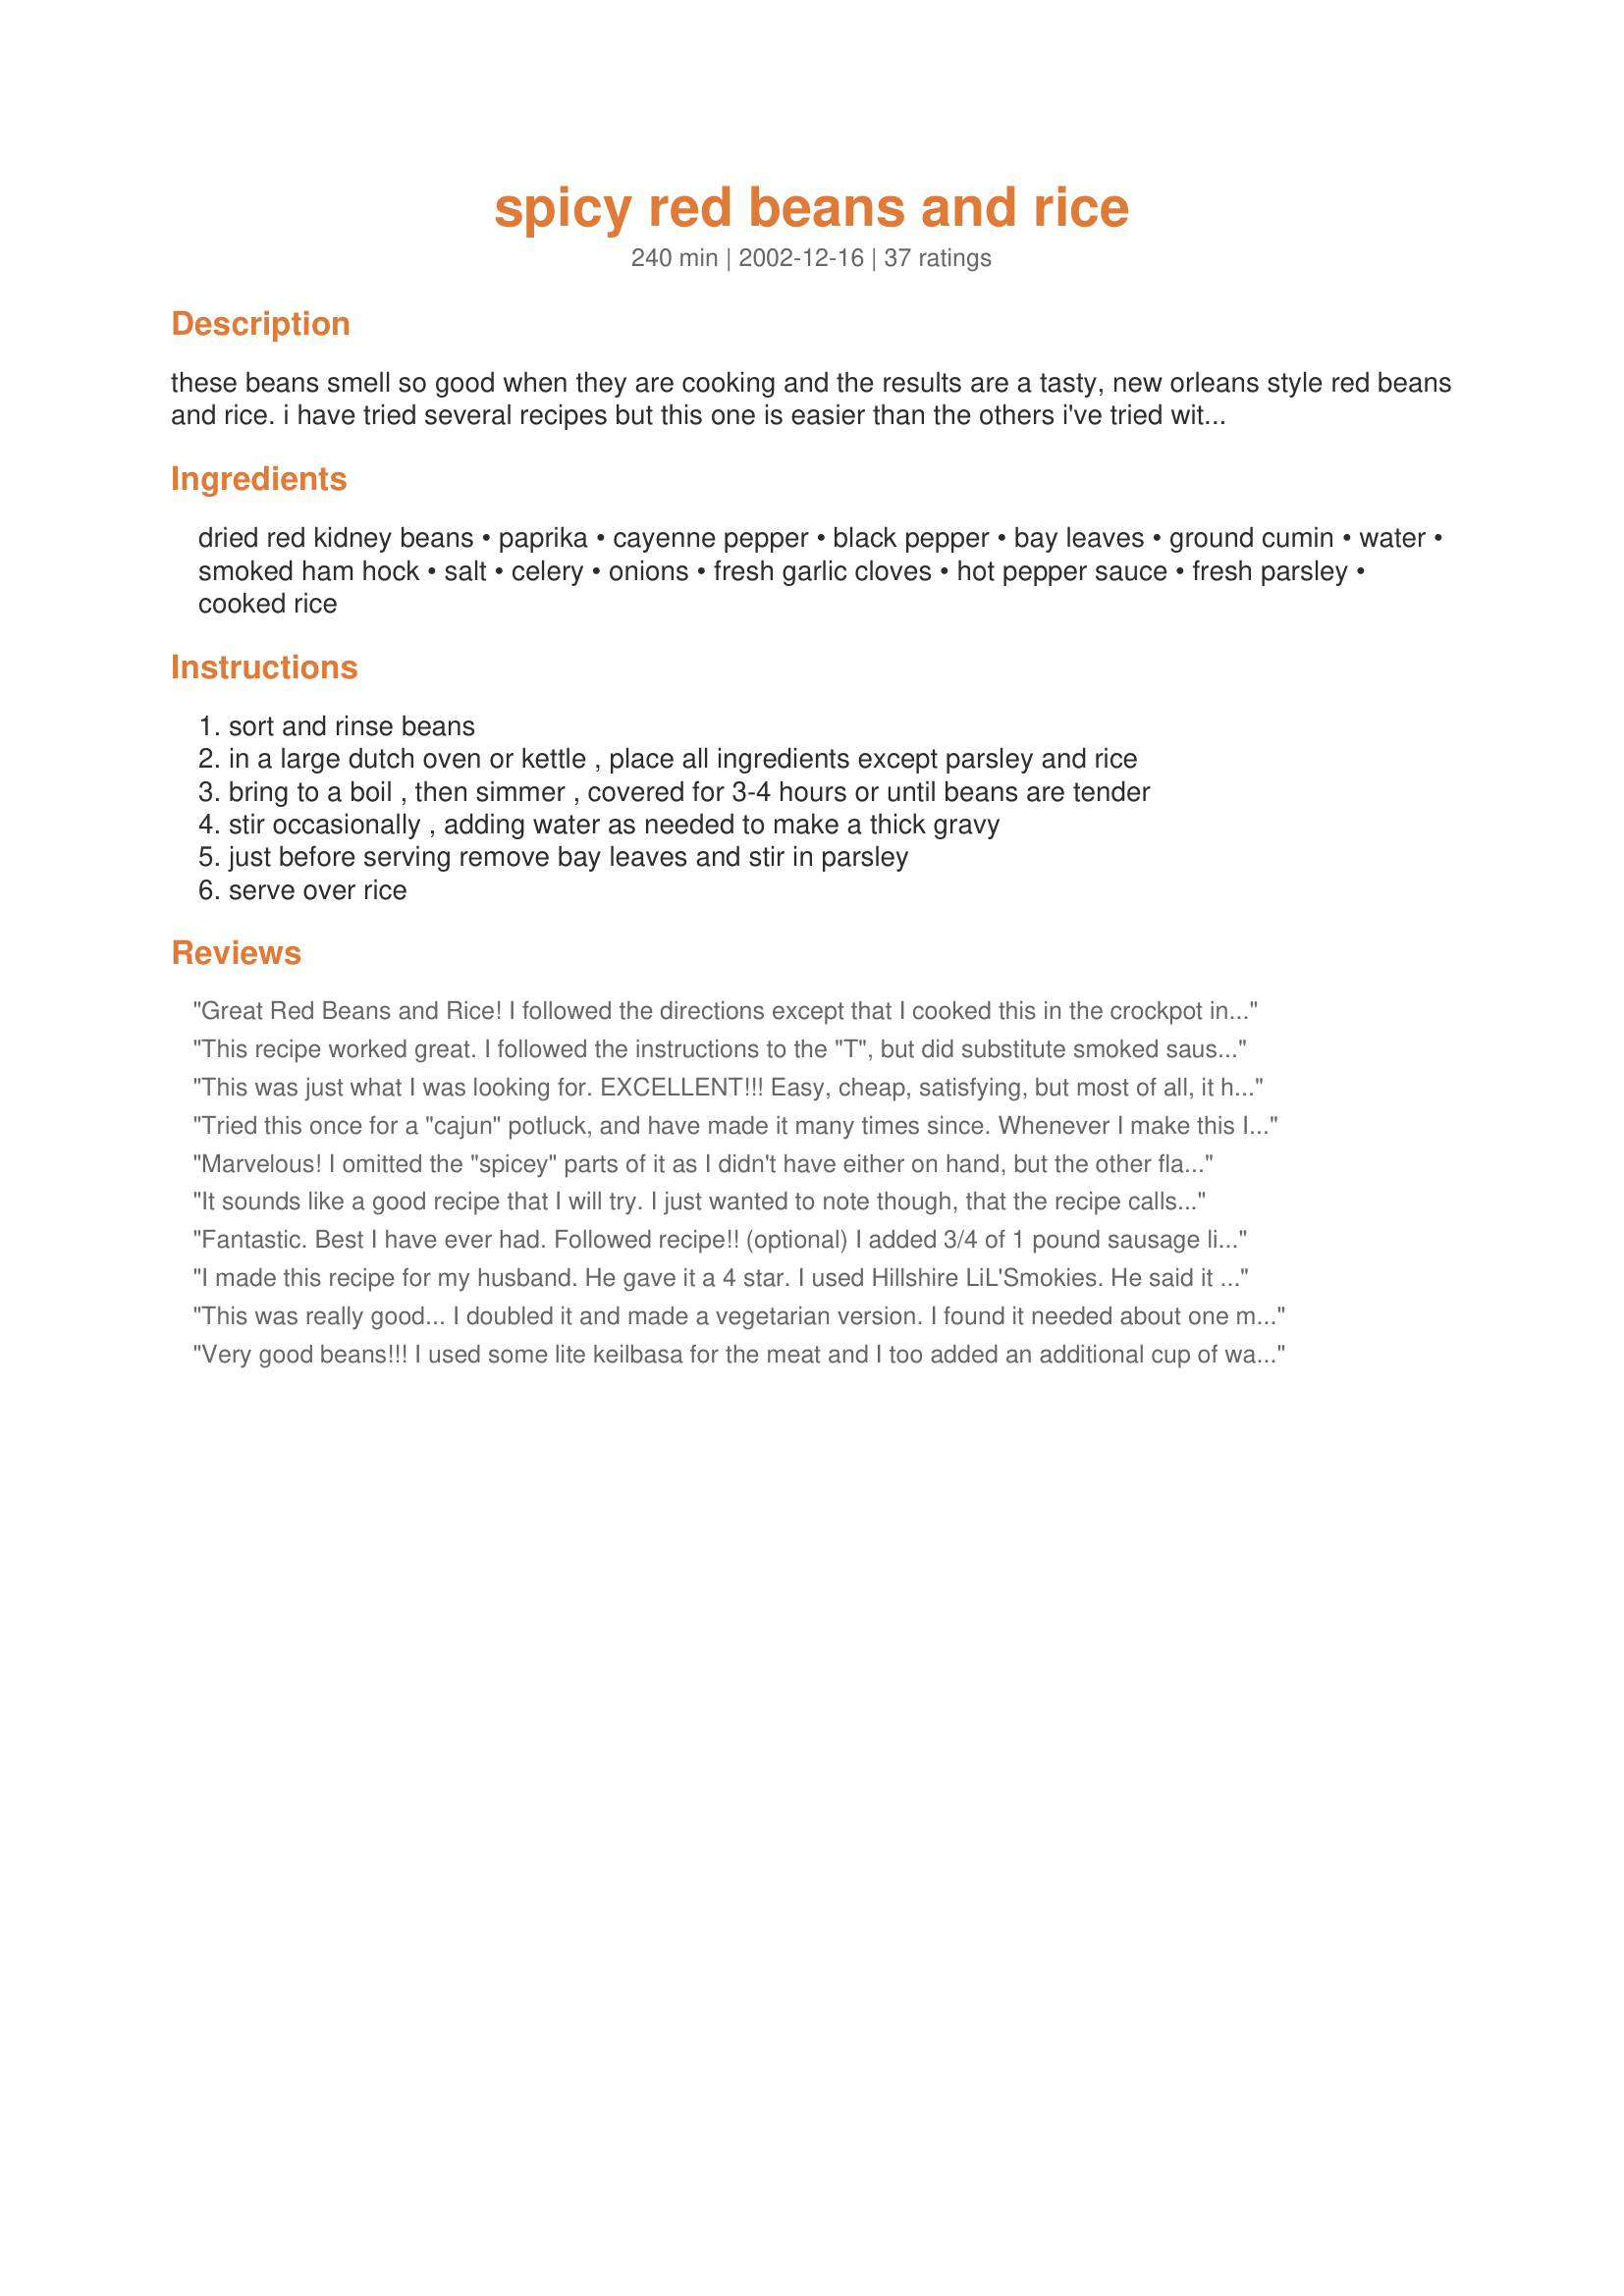
spicy red beans and rice
Preparation time: 240 minutes

these beans smell so good when they are cooking and the results are a tasty, new orleans style red beans and rice. i have tried several recipes but this one is easier than the others i've tried with an excellent result. serve with cornbread or corn muffins and your meal is complete. recipe is from taste of home magazine.

Ingredients:
dried red kidney beans, paprika, cayenne pepper, black pepper, bay leaves, ground cumin, water, smoked ham hock, salt, celery, onions, fresh garlic cloves, hot pepper sauce, fresh parsley, cooked rice

Steps:
sort and rinse beans, in a large dutch oven or kettle , place all ingredients except parsley and rice, bring to a boil , then simmer , covered for 3-4 hours or until beans are tender, stir occasionally , adding water as needed to make a thick gravy, just before serving remove bay leaves and stir in parsley, serve over rice

Reviews:
Great Red Beans and Rice! I followed the directions except that I cooked this in the crockpot instead of stovetop. I placed everything in the crockpot (except parsley and rice) and set the crockpot to "low". It cooked about 11 hours (while I was at work and running errands). I did add some smoked sausage to the crockpot while preparing the rice (at DH's request). I served this with "Perfect Rice Everytime" #53520 and "Aunt Bernice's Cornbread" #65822. Will definitely make again!
This recipe worked great. I followed the instructions to the "T", but did substitute smoked sausage for the ham hock. These beans are awesome! Thanks!
This was just what I was looking for. EXCELLENT!!! Easy, cheap, satisfying, but most of all, it had the taste I was looking for. This will be a favorite here, I can tell you. The next time I make it, I will add some chopped cooked ham if I serve it as a main dish (My family are big meat- eaters). But as a side dish it is PERFECT as is. I added 1/2 tsp cayenne, since my family is not big on "hot". I served it over brown rice, just because I like how chewy it is. There were no left-overs. I tried to take a picture to post, but my batteries were dead. Next time I will. 

EDIT: I've made this recipe many times now. I've also made it in the crockpot. If you do, soak the beans overnight, then cook it on HIGH all day.
Tried this once for a "cajun" potluck, and have made it many times since. Whenever I make this I have to call my sister or I'm in trouble!
Marvelous! I omitted the "spicey" parts of it as I didn't have either on hand, but the other flavors were superb. An update: I've tried this several times in the past few years that I've been making it and it has never failed me. It's fantastic with either hocks or shanks, or a huge ham bone. I like to sautee the onions until nice and brown but that's the only mod I've made. Thanks for a long time family favorite.
It sounds like a good recipe that I will try. I just wanted to note though, that the recipe calls for dried red kidney beans and some have mentioned using slow cookers. Using slow cookers with raw or dried red kidney beens is very dangerous. Red kidney beans need to reach full boil for a certain period of time (10 minutes has been suggested), i.e. a certain temperature, to break down the Phytohaemagglutnin (Kidney Bean Lectin) which is toxic. <br/>See http://www.foodreference.com/html/artredkidneybeanpoisoning.html. There may be some slow cookers that can safely do this, but not having one, or otherwise looking at them I do not know. All I know is that the article said that heating can actually worsen the toxicity if insufficient, So if you are not cooking the recipe as described, be careful. If someone else mentioned this, and I missed it, sorry for the duplication. <br/><br/>Not to give away anything, but this is a plot device in the fine book by the late Dick Francis, Dead Heat (2007). Highly recommended, but I like all his books. ;-) <br/><br/>Thank you Anita, for the recipe! I look forward to trying it.
Fantastic. Best I have ever had. Followed recipe!! (optional) I added 3/4 of 1 pound sausage link cut in small pieces and it blended in great. After cooking, I discarded ham hock, because I didn&#039;t like the fat and skin.
I made this recipe for my husband. He gave it a 4 star. I used Hillshire LiL'Smokies. He said it was nice and spicy. He liked it better the second night. Flavors had time to mingle.UPDATE---I have made this a few times now. One of my DH favorite meals..He perfers cut up wieners in this..Also I have been cooking the rice in the sauce and beans.I have been using minute rice,and it absorbs the flavor..It is now rated a 5star.
This was really good... I doubled it and made a vegetarian version.
I found it needed about one more cup of liquid after cooking the first hour. The seasoning was great and it is a keeper for us.
Very good beans!!! I used some lite keilbasa for the meat and I too added an additional cup of water. The spices were wonderful. Thanks!!
I like to add link sausage and cut back a bit on the spice so my kids will eat it. Perfect recipe!
Delicious! I made this last night and it was a HUGE hit. Even my niece who often complains things are too spicy, ate every bite and raved about how good it was. It was spicy don't get me wrong, but I guess in a good way for my niece. LOL I didn't have a ham hock, so I left that out, but other than that I followed the recipe exactly. Thanks so much for sharing. We will be doing this again.
Excellent recipe. No need to make changes in it. The only change I made was to soak the beans.
This was good, but not a make-again recipe for us.
My husband being half cajun says this recipe hit the spot. I made it with bacon instead of using a ham hock. Nice flavor and taste. Froze the leftovers and thought this was even tastier after doing so. Thanks for sharing! It's a keeper.
Excellent recipe! I had my ham bone in the freezer from Easter so I was looking for a recipe to use it up and tried this one. My DH LOVES red beans and rice and this one got 2 thumbs up. I made just as posted ~ even down to the cornbread. I made it on the hot and spcey side. Thanks for posting this keeper recipe!
This was better than Popeye's! I didn't have ham so I used Neuske's Applewood smoked bacon. What as delightful meal. Thank you for sharing.
These were wonderful. Saucy and very flavorful. Everyone, kids and adults loved it.
Made for a New Year's get-together and soaked the beans overnight to shorten the cooking time. Also altered to make vegetarian for those who don't eat meat products. Used condensed veggie bouillon and a can of diced tomatoes with jalapenos for extra flavor. Served with Recipe #134924 made with the same veggie bouillon. Nice flavor and I'm glad it wasn't too spicy since we had kids too. Those who wanted a bit more zip added tabasco sauce. Enjoying leftovers and will definitely make this again!
I soaked the dry beans for 2 days then threw it all in a crockpot and cooked it on high for somewhere close to 12 hours. I did not put the salt in until after 8 hours, just to make sure the beans would soften first. I used 2 cups of each veggie since I had some I needed to use up, doubled the garlic because we like it, and left out the liquid hot sauce (I couldn&#039;t reach it off the top shelf and then forgot why I got the stepstool!) but otherwise followed the recipe as written and found it plenty spicy enough. I had a different recipe for it that I liked a little better but I lost that one and this worked just fine.
Very good recipe...and easy. I used turkey kielbasa instead of the ham hock.
I used a left over hambone for this. This is very flavorful, but I agree with it being starchy. My 15 year old DSS ate several huge bowlfuls of this. He's an eating machine :-) This is definately stick-to-your-ribs food.
My first pot of red beand and rice! I used andouille sausage, rather than ham, and left out the hot pepper and cayenne (or it would be way too hot - but if I use ham, I'd keep the cayenne and hot pepper sauce.) I also added a 28 oz can of finely chopped tomatoes. Instead of dry beans, i used 4 (19-0z) cans of kidney beans. I think your recipe is awesome; I served this with perfect skillet corn bread, rice and NurseDi's sweet tea! Too bad I only have one belly to fill!
Made mostly as directed but with a few changes...added 1 chopped green bell pepper and an extra clove of garlic; sauteed the onions/garlic/celery/bell pepper in half olive oil and half butter before adding the other ingredients. Used additional hot sauce and did not add salt because I used two smoked ham hocks instead of one. Served with Sweet Cornbread (#116185) and Alton Brown's baked brown rice. Being from the South, I can attest to this being some awesome red beans and rice...do try it with the ham hock or ham bone for the best flavor. This is going in my favorites. Thanks, Anita! GREAT recipe! Even my DH, who swore he'd never eat a "pot of beans" is now a convert!
Wow, this recipe is excellent! I put them in a crock pot and let them cook all day (11 hrs!) on low. I doubled the amount of water since it was going to cook for so long. I also added a spicy pork sausage as I thought there wouldn't be enough meat but it didn't need it and next time I'll skip it. The ham just fell off the ham hock, it was so tender. It was all perfectly spicy, just right and so easy. Thanks for sharing this recipe!
Hubs and I loved these beans! I used my slow cooker and left out the celery and hot pepper sauce. We'll freeze some to enjoy later and will definitely make again.
I made this exactly as written except for soaking the beans overnight and cooking in a crockpot for 8 hours on high. The gravy consistancy was wonderful, the beans were perfectly cooked, and the meat fell off the ham hocks. That said, I was put-off having to fish out the bones, cartilage, and other ham hock detritus from the beans. My boys were grossed out when each bit into a bone chunk that I had missed.

We did not find it spicy enough, even with my liberal measurments of cayenne pepper and hot pepper sauce.

If I were to make it again, I would definatly use cut up pieces of cooked ham or sausuage instead of the ham hock. I would also double or triple the spices.
Absolutely fabulous! This had excellent flavor and made a very filling and economical meal. Thank you.
I made this two nights ago and it was great. I made a few changes. I did not have time to chop onions and garlic, so I used 3 teaspoons of onion powder and 1/4 teaspoon of garlic powder. we like our beans a little more watery than gravy so I used 6 cups of water. I used hillshire smoked sausage and no parsley at all. Husband and boys(3&4) all had seconds. Thanks.
I really like this recipe. I am used to making Latin American style red beans, but this is a great alternative (more of a Cajun flavor), and my husband prefers this one. I do have the following variations: use 1 qt chicken stock instead of water, add 1 can diced tomatoes, omit the hot pepper sauce; and use bacon/sliced sausage/ham for the meat. This would be a great recipe for leftover ham bone. I pair these beans with rice and/or sweet cornbread (www.momadvice.com) and www.kraftfoods.com's oven-fried crunchy parmesan chicken.
I made this and my family thought it was okay.....the next day I served it again and WOW! their opinions changed. Once the flavors melled they thought it was terrific and a definite winner.Thanks...another cheap, interesting and delicious meal.....
This is the ol' Chevy truck of Southern country vittles. Make the recipe as written or substitute your heart out. 'Tis excellent as written, but here's a couple of alternatives. I like to grind three or four dried cayenne peppers between my palms directly over the pot. Any sort of fresh peppers chopped up do well. Trying to eat the meat from a ham hock is fine if you are broke. The human stomach is perfectly suited to the exercise. Since I am not destitute, I wrap the ham hock(s) in cheesecloth and toss them with the bay leaves. If you want pieces of meat, use large chunks of ham and shred them at the end down to bite size. Or country style ribs. Or whatever you have laying around. But don't pass on the ham hocks. (Bacon and liquid smoke will work, kinda.) I make it very watery since the leftovers soak up a lot of liquid overnight. Put some of the beans in a blender to thicken.
This just didn't work for me. I cooked for much longer and the beans still tasted kind of gritty. Was hoping to give it another try the next day, but just couldn't do it. Sorry!
Great, easy recipe. I doubled this and substituted smoked turkey legs for the ham hocks. Delicious! I used the lower amount of cayenne and it still was very spicy. (I had just bought a new jar from Penzeys so it was very fresh cayenne). I used Louisiana hot sauce in mine. Thanks for a great recipe!
I'm conflicted as far as reviewing this recipe. My DH spent some time down south in the Coast Guard, loves southern food and really liked this (he added a bunch of jalapenos and additional Tobasco to his). I used both smoked kielbasa sausage and Adouille sausage and much prefered the smoked sausage. I did the overnight soak + the crockpot on low for 7-8 hours version and it turned out well. I just personally didn't care for the taste of the starchy beans with the starchy rice, nothing against the recipe itself, just the dish in general, but I'm glad I tried it.
This turned out to be a great "no time to cook" meal. After dropping everything into the crock pot and leaving for work, I was welcomed home with a very pleasant aroma. While the rice boiled, I stirred the beans, which had thickened nicely and added the parsley. What a treat. This one will definitively be repeated. Hubby says the "heat" was just right. The leftovers went to work with him the next day, and I've passed on the recipe to two co-workers along with recipezaar's web address.
This made for a great dinner! I did only one thing different. I used ground beef instead of pork in the recipe as a matter of personal preferences. The flavors blended well together and the textures were awesome. This was the best red beans and rice I have ever eate. This is a definite keeper. Thanks for posting. :)
